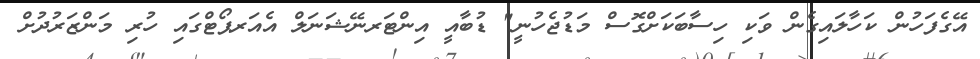
އޭގެފަހުން ކަހާލައިގެން ވަކި ހިސާބަކަށްގޮސް މަޑުޖެހުނީ" ޑުބާއީ އިންޓަރނޭޝަނަލް އެއަރޕޯޓްގައި ހުރި މަންޒަރުދުށް